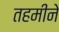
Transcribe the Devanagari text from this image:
तहमीने